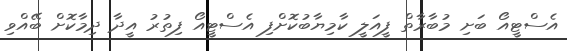
އެސްޓީއޯ ބަށި މުބާރާތް ފީއަލީ ކާމިޔާބުކޮށްފި އެސްޓީއޯ ފިތުރު އީދާ ދިމާކޮށް ބޭއްވި